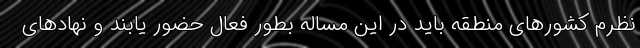
نظرم کشورهای منطقه باید در این مساله بطور فعال حضور یابند و نهادهای